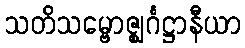
သတိသမ္ဗောဇ္ဈင်္ဂဋ္ဌာနီယာ